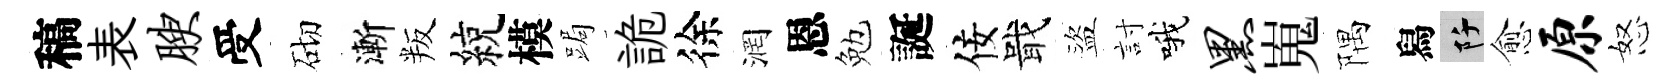
稿表腴受砌漸叛綂模跼詭徐润恩勉誕佞戢盜討哦黑嵬隅舄阡愈原怒